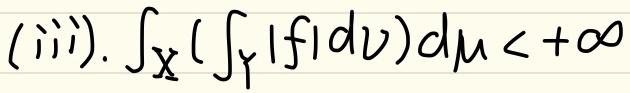
(iii). $\int_X\left(\int_Y|f|d\nu\right)d\mu<+\infty$